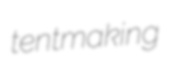
tentmaking